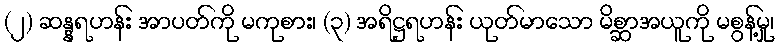
(၂) ဆန္နရဟန်း အာပတ်ကို မကုစား၊ (၃) အရိဋ္ဌရဟန်း ယုတ်မာသော မိစ္ဆာအယူကို မစွန့်မှု၊